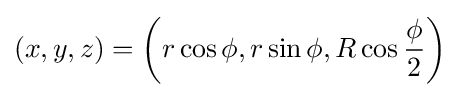
(x,y,z)=\left(r\cos \phi ,r\sin \phi ,R\cos {\frac {\phi }{2}}\right)